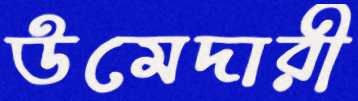
উমেদারী